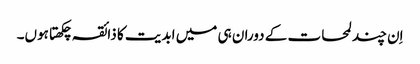
اِن چند لمحات کے دوران ہی میں ابدیت کا ذائقہ چکھتا ہوں۔